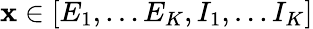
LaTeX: \mathbf{x}\in[E_{1},\ldots E_{K},I_{1},\ldots I_{K}]